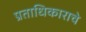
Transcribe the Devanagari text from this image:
प्रताधिकाराचे